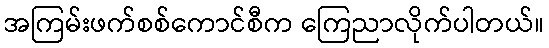
အကြမ်းဖက်စစ်ကောင်စီက ကြေညာလိုက်ပါတယ်။